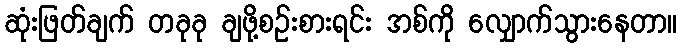
ဆုံးဖြတ်ချက် တခုခု ချဖို့စဉ်းစားရင်း အစ်ကို လျှောက်သွားနေတာ။